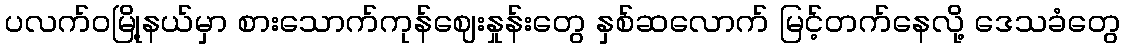
ပလက်ဝမြို့နယ်မှာ စားသောက်ကုန်ဈေးနှုန်းတွေ နှစ်ဆလောက် မြင့်တက်နေလို့ ဒေသခံတွေ